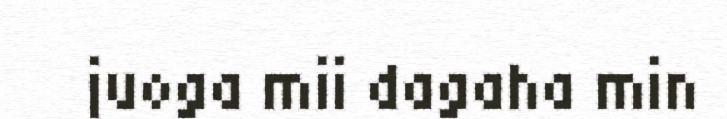
juoga mii dagaha min